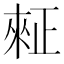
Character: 𪴺